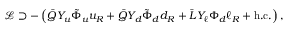
\mathcal { L } \supset - \left( \bar { Q } Y _ { u } \tilde { \Phi } _ { u } u _ { R } + \bar { Q } Y _ { d } \tilde { \Phi } _ { d } d _ { R } + \bar { L } Y _ { \ell } \Phi _ { d } \ell _ { R } + \mathrm { h . c . } \right) ,